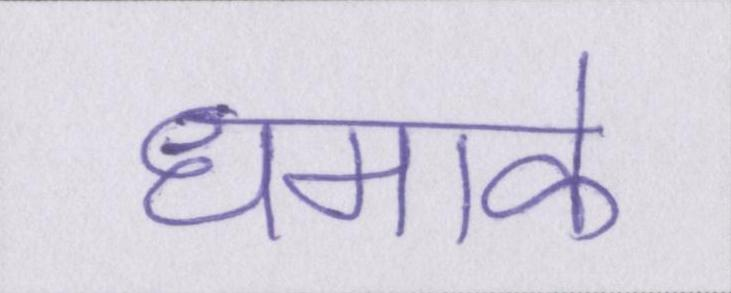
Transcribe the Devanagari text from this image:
धमाके